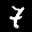
Label: 7